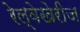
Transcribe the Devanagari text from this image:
रेल्वेखेरीज